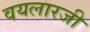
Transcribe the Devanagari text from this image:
वयलारजी